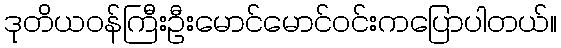
ဒုတိယဝန်ကြီးဦးမောင်မောင်ဝင်းကပြောပါတယ်။